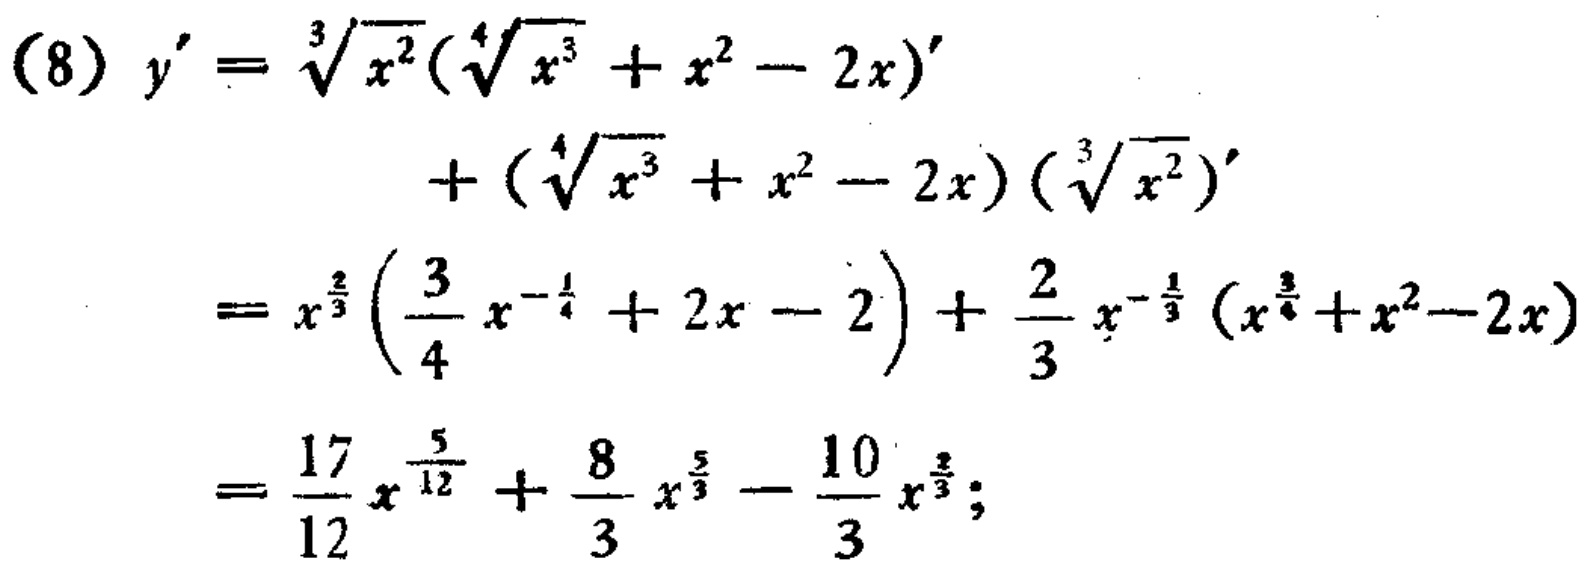
\[
\begin{align*}
(8)y'&=\sqrt[3]{x^{2}}(\sqrt[4]{x^{3}} + x^{2}-2x)'\\
&+(\sqrt[4]{x^{3}} + x^{2}-2x)(\sqrt[3]{x^{2}})'\\
&=x^{\frac{2}{3}}\left(\frac{3}{4}x^{-\frac{1}{4}} + 2x - 2\right)+\frac{2}{3}x^{-\frac{1}{3}}(x^{\frac{3}{4}}+x^{2}-2x)\\
&=\frac{17}{12}x^{\frac{5}{12}}+\frac{8}{3}x^{\frac{5}{3}}-\frac{10}{3}x^{\frac{2}{3}};
\end{align*}
\]